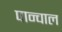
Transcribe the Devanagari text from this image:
पान्चाल